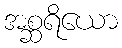
အစ္ဆရိယော